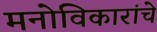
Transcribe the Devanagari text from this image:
मनोविकारांचे